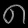
Digit: ၈